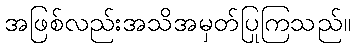
အဖြစ်လည်းအသိအမှတ်ပြုကြသည်။